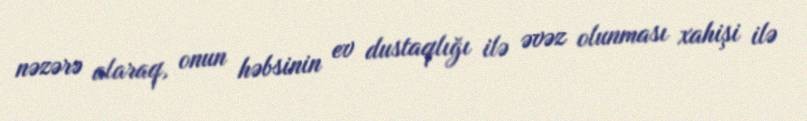
nəzərə alaraq, onun həbsinin ev dustaqlığı ilə əvəz olunması xahişi ilə